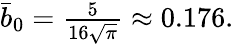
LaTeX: \begin{array}{r}{\bar{b}_{0}=\frac{5}{16\sqrt{\pi}}\approx 0.176.}\end{array}